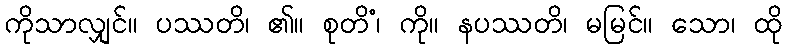
ကိုသာလျှင်။ ပဿတိ၊ ၏။ စုတိံ၊ ကို။ နပဿတိ၊ မမြင်။ သော၊ ထို